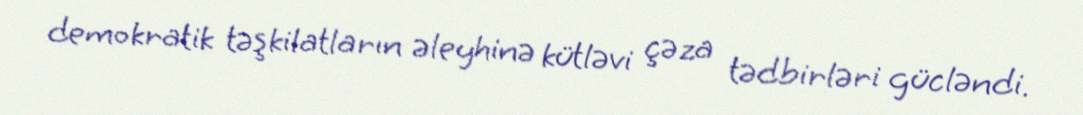
demokratik təşkilatların əleyhinə kütləvi çəza tədbirləri gücləndi.